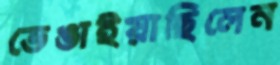
ভেঙাইয়াছিলেন